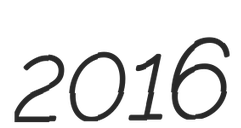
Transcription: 2016